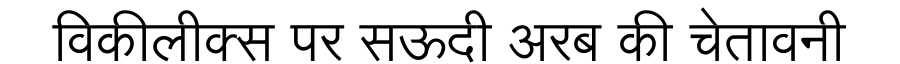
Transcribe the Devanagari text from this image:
विकीलीक्स पर सऊदी अरब की चेतावनी